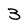
Character: 3